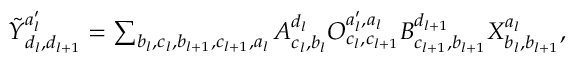
\begin{array} { r } { \tilde { Y } _ { d _ { l } , d _ { l + 1 } } ^ { a _ { l } ^ { \prime } } = \sum _ { b _ { l } , c _ { l } , b _ { l + 1 } , c _ { l + 1 } , a _ { l } } A _ { c _ { l } , b _ { l } } ^ { d _ { l } } O _ { c _ { l } , c _ { l + 1 } } ^ { a _ { l } ^ { \prime } , a _ { l } } B _ { c _ { l + 1 } , b _ { l + 1 } } ^ { d _ { l + 1 } } X _ { b _ { l } , b _ { l + 1 } } ^ { a _ { l } } , } \end{array}